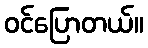
ဝင်ပြောတယ်။